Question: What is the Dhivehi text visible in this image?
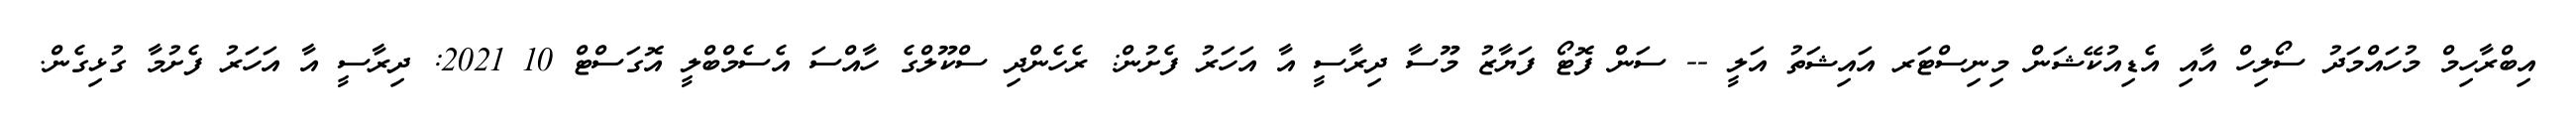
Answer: އިބްރާހިމް މުހައްމަދު ސޯލިހް އާއި އެޑިއުކޭޝަން މިނިސްޓަރ އައިޝަތު އަލީ -- ސަން ފޮޓޯ ފަޔާޒު މޫސާ ދިރާސީ އާ އަހަރު ފެށުން: ރެހެންދި ސްކޫލްގެ ހާއްސަ އެސެމްބްލީ އޮގަސްޓް 10 2021: ދިރާސީ އާ އަހަރު ފެށުމާ ގުޅިގެން.